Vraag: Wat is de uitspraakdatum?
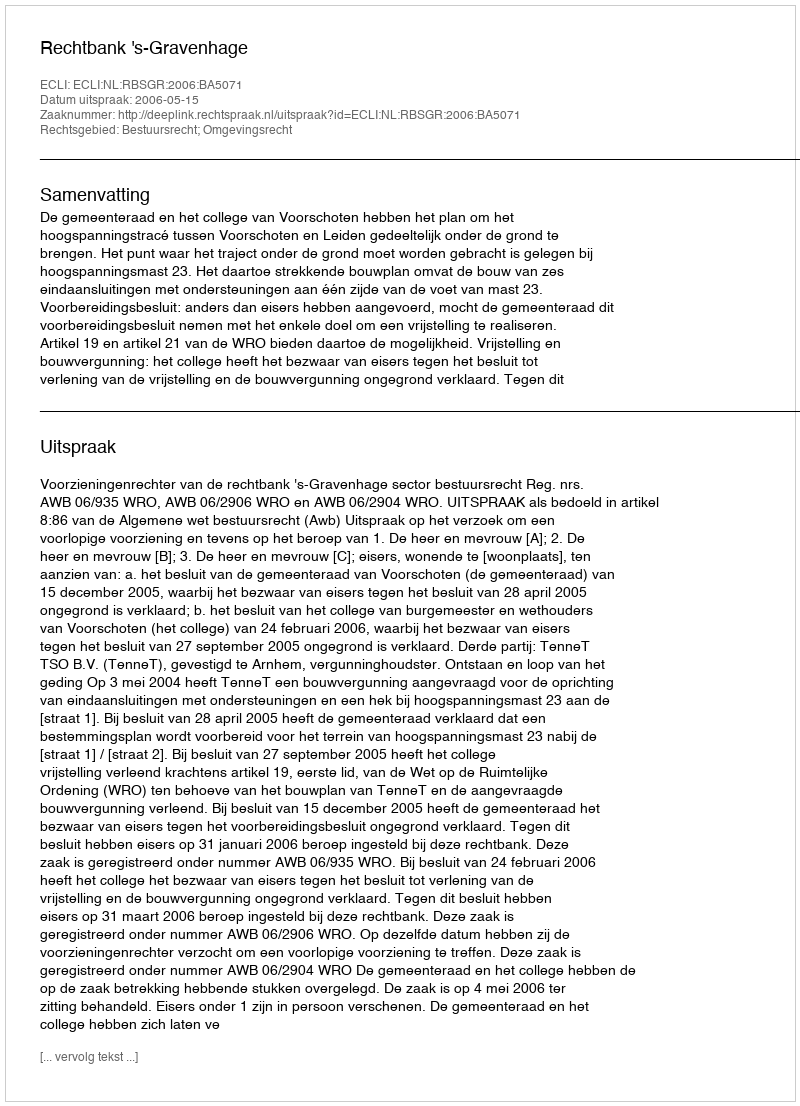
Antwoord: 2006-05-15